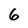
Character: 6